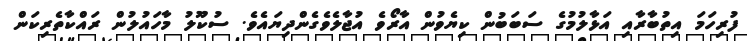
ފުރިހަމަ އިތުބާރާއި އަޅާލުމުގެ ސަބަބުން ކިޔެވުން އާރޯވެ އުޖާލެވެގެންދިޔައެވެ. ސުކޫލު މާހައުލުން ރައްކާތެރިކަން